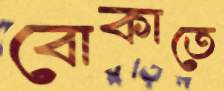
বোকাতে